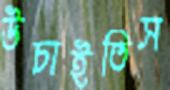
উচাইতিস